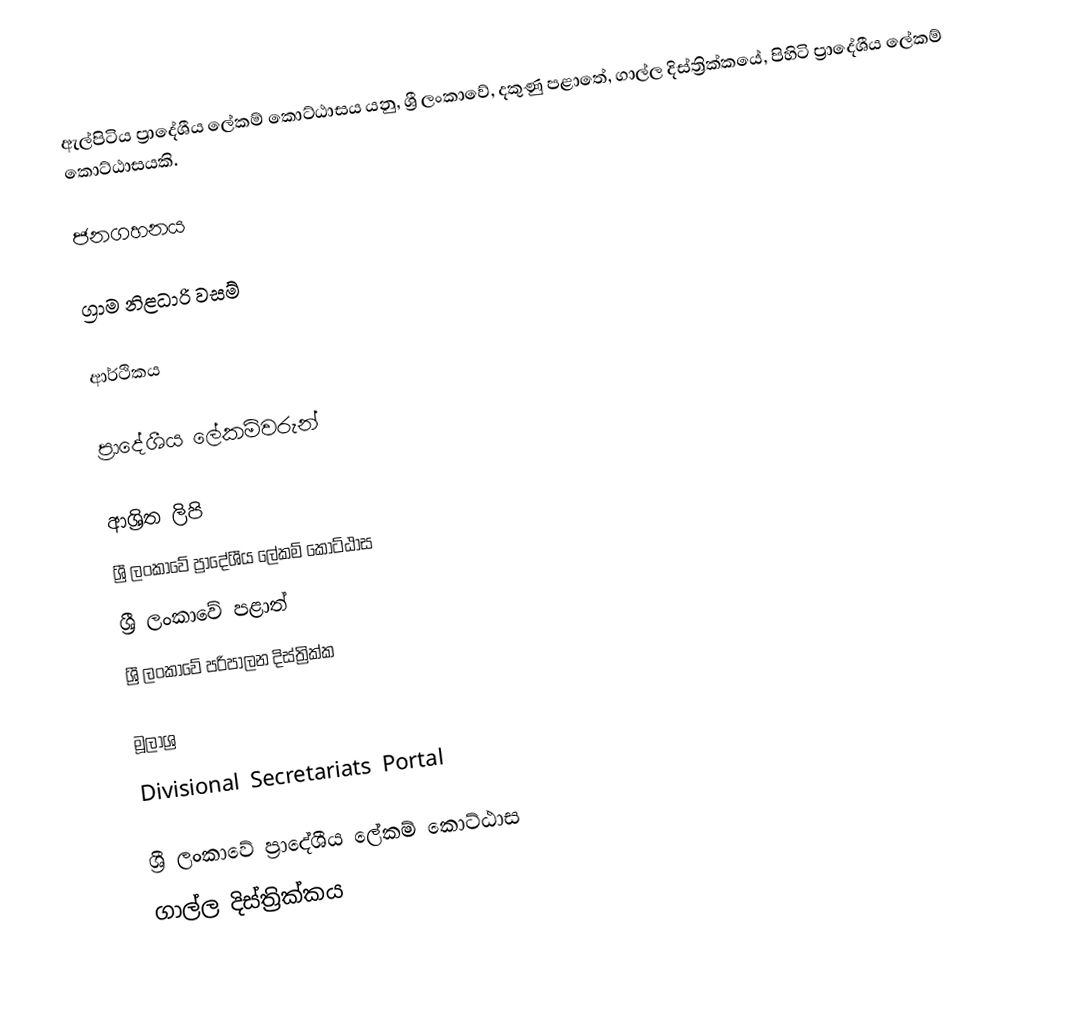
ඇල්පිටිය ප්‍රාදේශීය ලේකම් කොට්ඨාසය යනු,  ශ්‍රී ලංකාවේ, දකුණු පළාතේ,   ගාල්ල දිස්ත්‍රික්කයේ, පිහිටි ප්‍රාදේශීය ලේකම් කොට්ඨාසයකි.

ජනගහනය

ග්‍රාම නිළධාරි වසම්

ආර්ථිකය

ප්‍රාදේශීය ලේකම්වරුන්

ආශ්‍රිත ලිපි
ශ්‍රී ලංකාවේ ප්‍රාදේශීය ලේකම් කොට්ඨාස
ශ්‍රී ලංකාවේ පළාත්
ශ්‍රී ලංකාවේ පරිපාලන දිස්ත්‍රික්ක

මූලාශ්‍ර
 Divisional Secretariats Portal

ශ්‍රී ලංකාවේ ප්‍රාදේශීය ලේකම් කොට්ඨාස
ගාල්ල දිස්ත්‍රික්කය